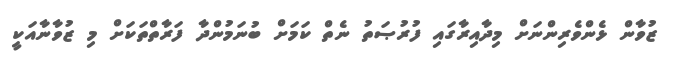
ޒުވާން ޅެންވެރިންނަށް މިދާއިރާގައި ފުރުޞަތު ނެތް ކަމަށް ބުނަމުންދާ ފަރާތްތަކަށް މި ޒުވާނާއަކީ